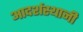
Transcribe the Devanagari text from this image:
आदर्शस्थानी